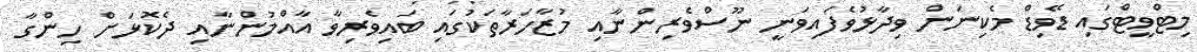
މިޓްވީޓްގައި ޑޭވިޑް މެކިނަން ވިދާޅުވެފައިވަނީ ނޫސްވެރިންނާއި މުޒާހަރާތަކުގައި ބައިވެރިވާ އާއްމުންނާއި ދެކޮޅަށް ހިންގާ